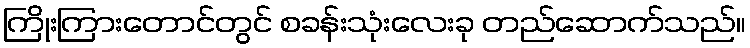
ကြိုးကြားတောင်တွင် စခန်းသုံးလေးခု တည်ဆောက်သည်။